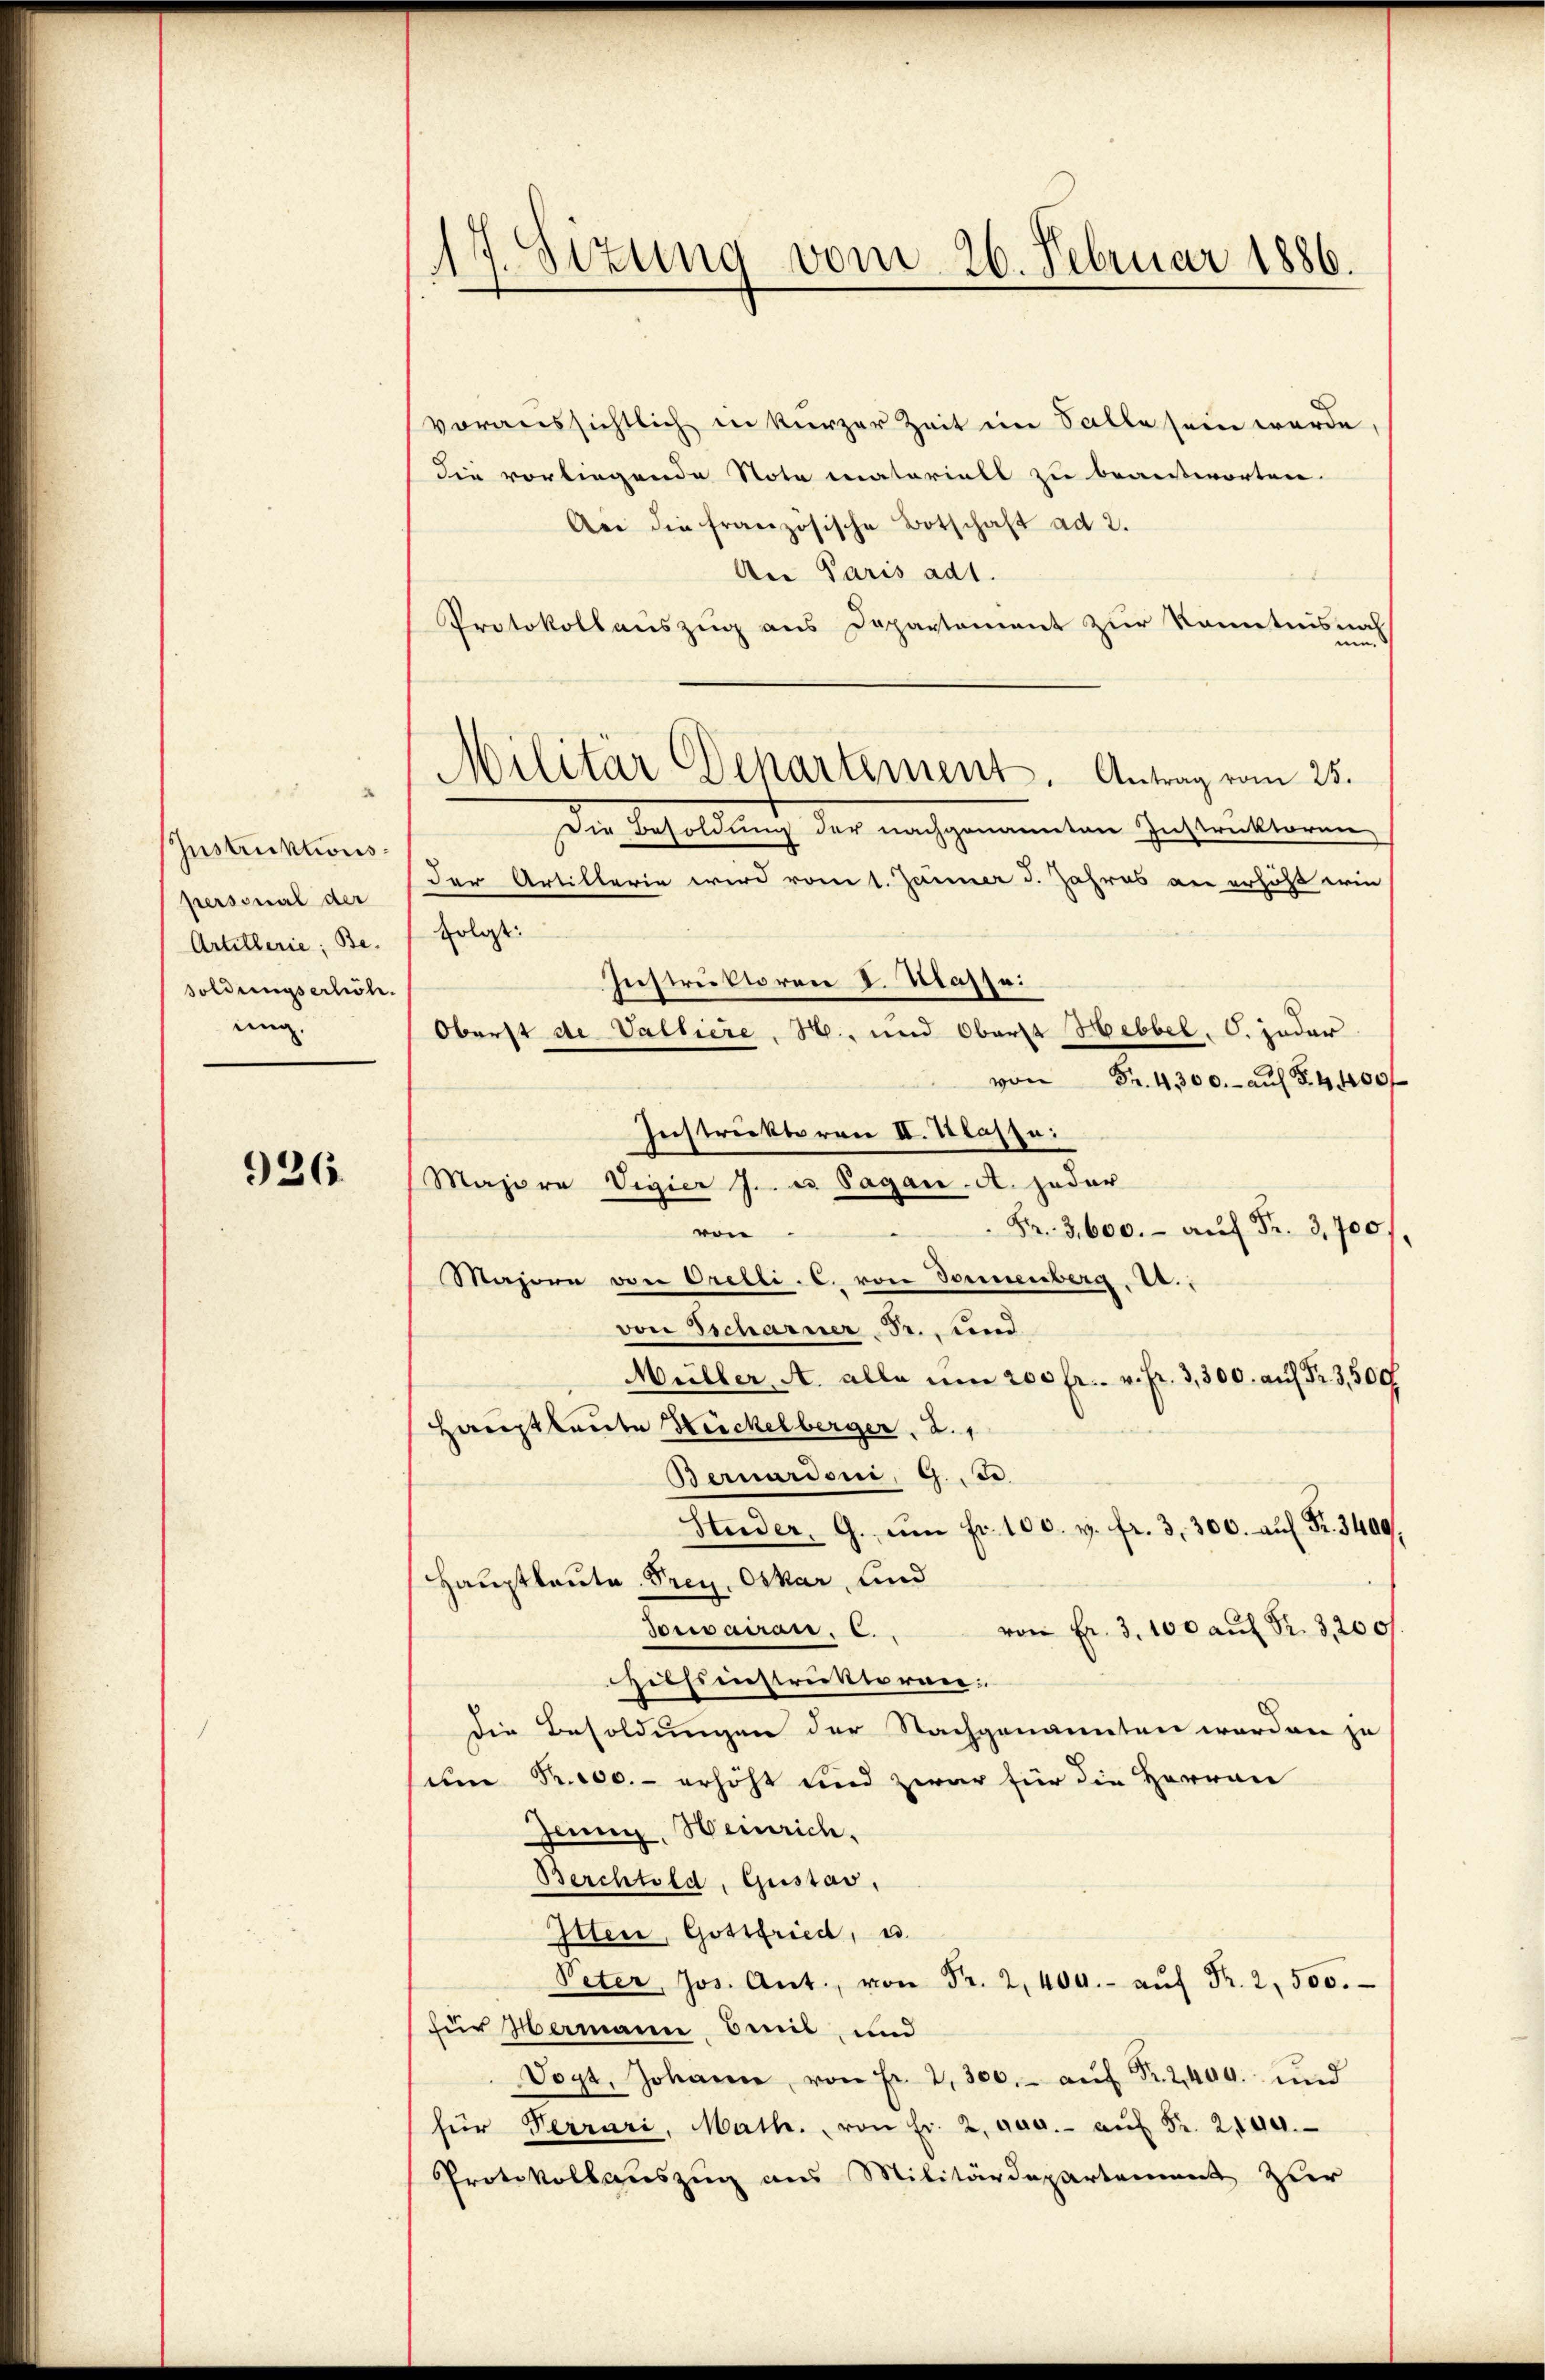
Instruktionspersonal der
Artillerie, Besoldungserhöh
ung.

926.

17. Sizung vom 26. Februar 1886.

voraussichtlich in kurzer Zeit im Salle sein werde
die vorliegende Note materiell zu beantworten
An die französische Botschaft ad 2.
An Paris ad1.
Protokollauszug aus Departonient zur Kenntnisnah
um, d
Die Besoldung der nachgenannten Instruktoren
der Artillerie wird vom 1. Jänner d. Jahres an erhöht wie
folgt:
von Fr. 4300.- auf §. 4400f
Instruktoren II. Klasse:
Majora Vigier J. u. Sagan. A. jeder
Fr. 3, 600. auf Fr. 3,700/
von
Majoren von Orelli. C. von Sonnenberg, 2.,
von Tscharner Fr., und
Müller. A. alle um 200 fr. v. fr. 3,300. aŭf Fr. 3,500f
Hauptleute Heckelberger, 2. 1
Bernardoni, 9. d.
Studer, G. ŭm fr. 100. v. fr. 3. 300. aŭf Fr. 3400.
Hauptleute Frey, Oskar, und
Touvairan. C. von Fr. 3. 100 aŭf Nr. 3200/
ilfeinstruktoren.
die Besoldungen der Nachgenannten worden zu
um Prio0.- erhöht und zwar für die Herren
Jenny, Heinrich.
Berchtold, Gustav,
Itten, Gottfried, u.
Peter Jos. Ant.  Fr. 2400.- aŭf Fr. 2,500.
für Hermann mit, und
Vogt, Johann, von Fr. 2, 300.- aŭf Fr. 2400. und
für Verrari, Math., von fr. 2. pag. - aŭf Fr. 2140.
Protokollauszug aus Militärdepartement zur

Militär Departement. Antrag vom 25.

Instruktoren I. Klasse:
Oberst de Valtiere, N., und Oberst Hebbel, O. jeder